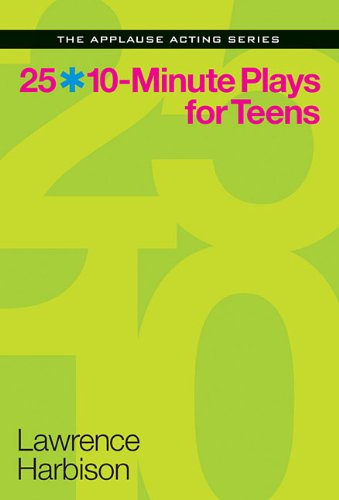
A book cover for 25 10-Minute Plays for Teens (The Applause Acting Series); Lawrence Harbison; Teen & Young Adult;